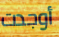
أوجدت